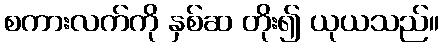
စကားလက်ကို နှစ်ဆ တိုး၍ ယုယသည်။